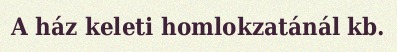
A ház keleti homlokzatánál kb.